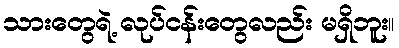
သားတွေရဲ့ လုပ်ငန်းတွေလည်း မရှိဘူး။